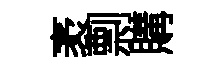
袤剽購